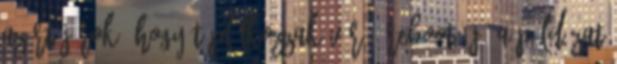
azért járok, hogy táplálkozzak váró: reboot: jó a példázat